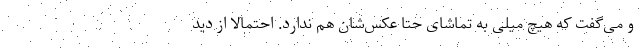
و می‌گفت که هیچ میلی به تماشای حتا عکس‌شان هم ندارد. احتمالا از دید